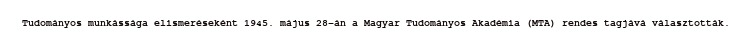
Tudományos munkássága elismeréseként 1945. május 28-án a Magyar Tudományos Akadémia (MTA) rendes tagjává választották.